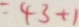
= 4 3 + 1